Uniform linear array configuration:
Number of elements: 4
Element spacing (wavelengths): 1
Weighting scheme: binomial
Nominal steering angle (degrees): -30
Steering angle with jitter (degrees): -29.518
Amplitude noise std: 0.05
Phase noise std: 0.05

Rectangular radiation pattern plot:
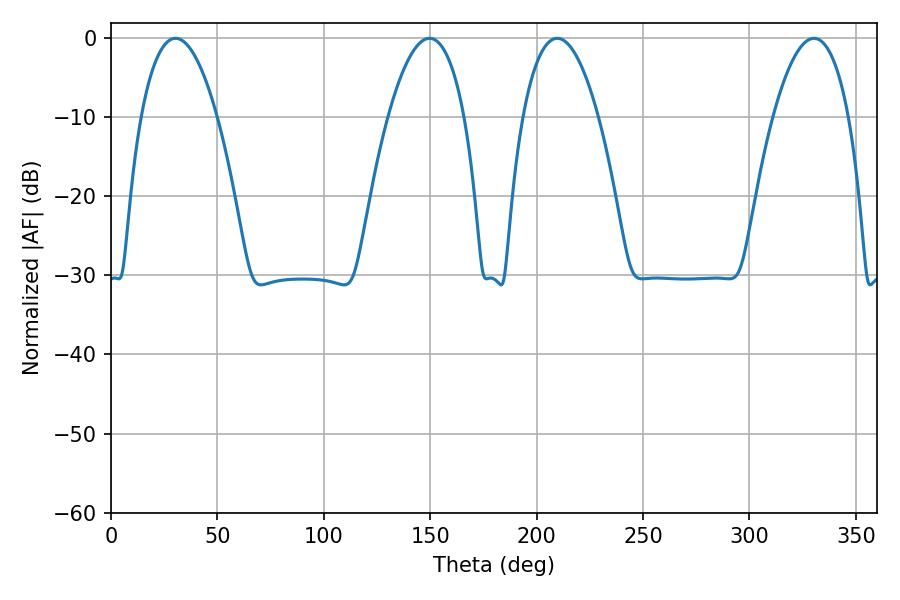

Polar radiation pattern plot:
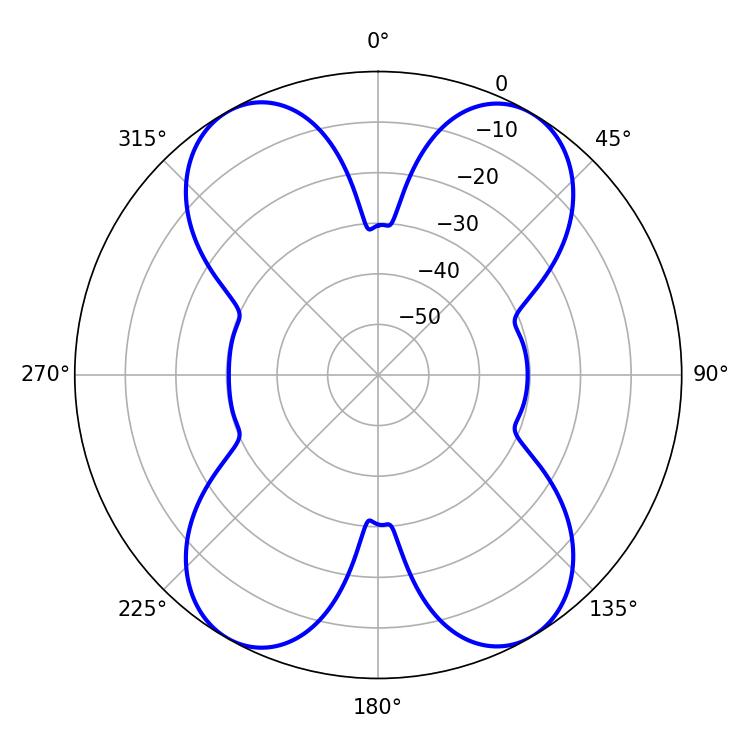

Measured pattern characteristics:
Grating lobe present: TRUE
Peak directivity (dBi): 22.83
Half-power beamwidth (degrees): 19.62
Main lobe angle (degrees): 209.7